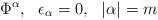
\begin{align*}\Phi^\alpha,~~\epsilon_\alpha = 0,~~|\alpha| = m\end{align*}